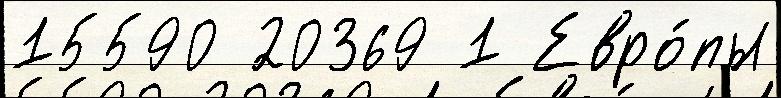
15590 20369 1 Евро́пы